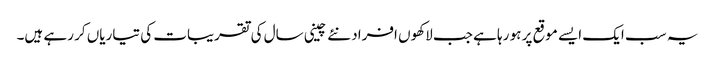
یہ سب ایک ایسے موقع پر ہو رہا ہے جب لاکھوں افراد نئے چینی سال کی تقریبات کی تیاریاں کر رہے ہیں۔